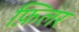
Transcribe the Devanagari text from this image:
फ़िलर